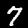
Digit: 7